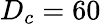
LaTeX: D_{c}=60